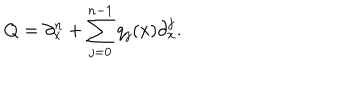
Q = \partial _ { x } ^ { n } + \sum _ { j = 0 } ^ { n - 1 } q _ { j } ( x ) \partial _ { x } ^ { j } .